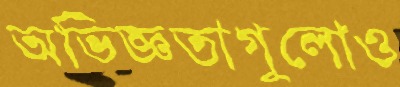
অভিজ্ঞতাগুলোও